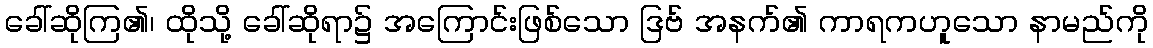
ခေါ်ဆိုကြ၏၊ ထိုသို့ ခေါ်ဆိုရာ၌ အကြောင်းဖြစ်သော ဒြဗ် အနက်၏ ကာရကဟူသော နာမည်ကို